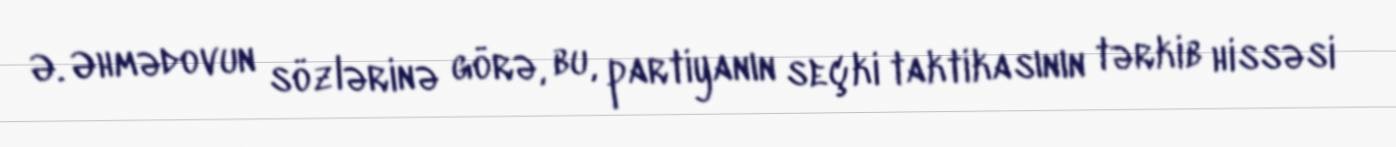
Ə. Əhmədovun sözlərinə görə, bu, partiyanın seçki taktikasının tərkib hissəsi